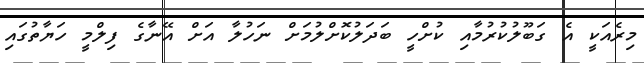
މިރެއަކީ އެ ގަބޫލުކުރުމާއި ކުށްހީ ބަދަލުކޮށްލުމަށް ނަހުލާ އަށް އޭނާގެ ފިލްމީ ހަޔާތުގައި